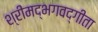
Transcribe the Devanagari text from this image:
श्रीमद्‌भगवद्‍गीता